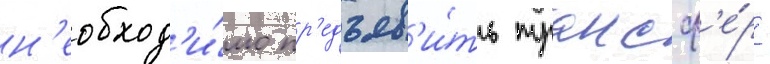
н'еобход'и́мо пр'едъяв'и́ть трансф'е́р -